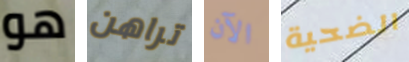
هو تراهن الآن الضحية